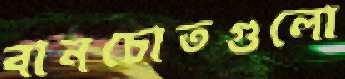
বানচোতগুলো